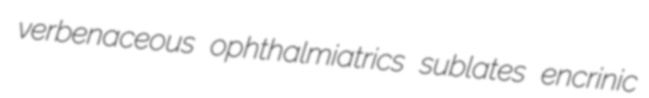
verbenaceous ophthalmiatrics sublates encrinic